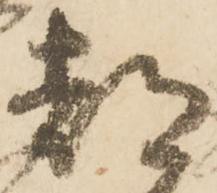
都